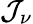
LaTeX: \mathcal{J}_{\nu}